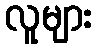
လူများ